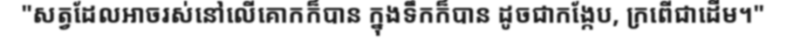
"សត្វដែលអាចរស់នៅលើគោកក៏បាន ក្នុងទឹកក៏បាន ដូចជាកង្កែប, ក្រពើជាដើម។"